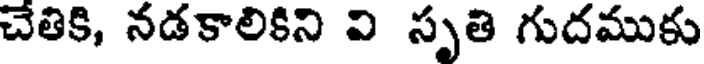
చేతికి, నడకాలికిని వి సృతి గుదముకు